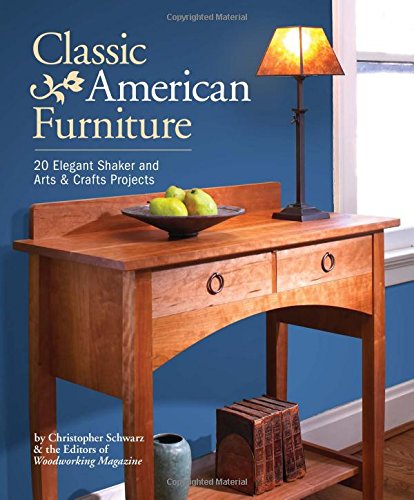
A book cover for Classic American Furniture: 20 Elegant Shaker and Arts & Crafts Projects; Christopher Schwarz; Crafts, Hobbies & Home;